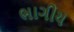
ભાગીય